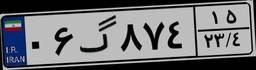
۴۹گ۷۲۹۰۶